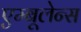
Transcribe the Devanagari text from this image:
एम्‍बूलेन्‍स